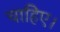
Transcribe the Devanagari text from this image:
चाहिेए।